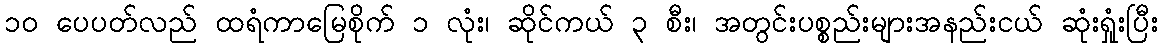
၁၀ ပေပတ်လည် ထရံကာမြေစိုက် ၁ လုံး၊ ဆိုင်ကယ် ၃ စီး၊ အတွင်းပစ္စည်းများအနည်းငယ် ဆုံးရှုံးပြီး